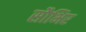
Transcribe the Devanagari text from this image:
सौभिर